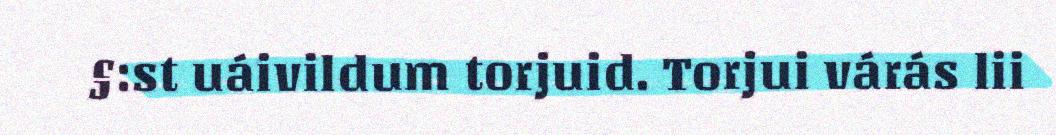
§:st uáivildum torjuid. Torjui várás lii